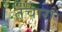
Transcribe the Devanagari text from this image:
तचारा